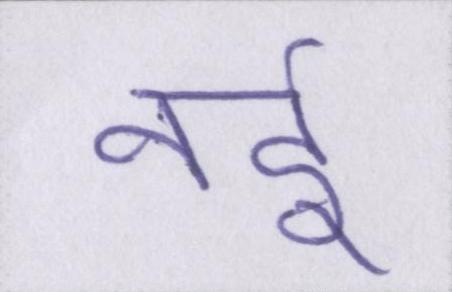
नर्इ